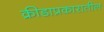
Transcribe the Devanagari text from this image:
क्रीडाप्रकारातील